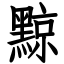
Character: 黥